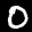
Label: 0